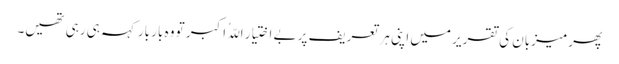
پھر میزبان کی تقریر میں اپنی ہر تعریف پر بے اختیار اللّہُ اکبر تو وہ بار بار کہہ ہی رہی تھیں۔